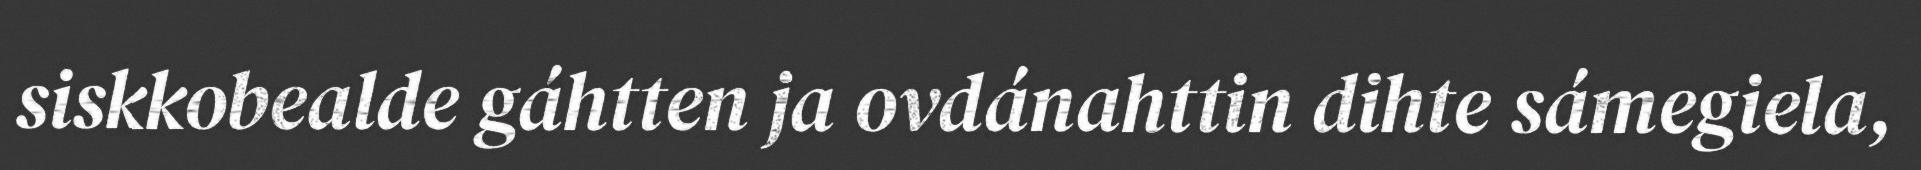
siskkobealde gáhtten ja ovdánahttin dihte sámegiela,